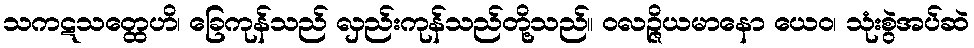
သကဋသတ္ထေဟိ၊ ခြေကုန်သည် လှည်းကုန်သည်တို့သည်။ ဝလဉ္ဇိယမာနော ယေဝ၊ သုံးစွဲအပ်ဆဲ